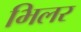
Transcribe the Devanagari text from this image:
भिलर